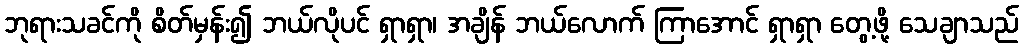
ဘုရားသခင်ကို စိတ်မှန်း၍ ဘယ်လိုပင် ရှာရှာ၊ အချိန် ဘယ်လောက် ကြာအောင် ရှာရှာ တွေ့ဖို့ သေချာသည်